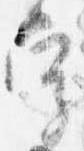
字